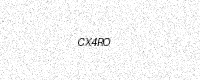
Text: CX4RO